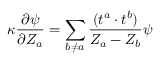
\kappa \frac { \partial \psi } { \partial Z _ { a } } = \sum _ { b \neq a } \frac { ( t ^ { a } \cdot t ^ { b } ) } { Z _ { a } - Z _ { b } } \psi